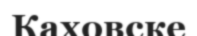
Каховске